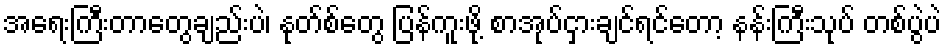
အရေးကြီးတာတွေချည်းပဲ၊ နုတ်စ်တွေ ပြန်ကူးဖို့ စာအုပ်ငှားချင်ရင်တော့ နန်းကြီးသုပ် တစ်ပွဲပဲ